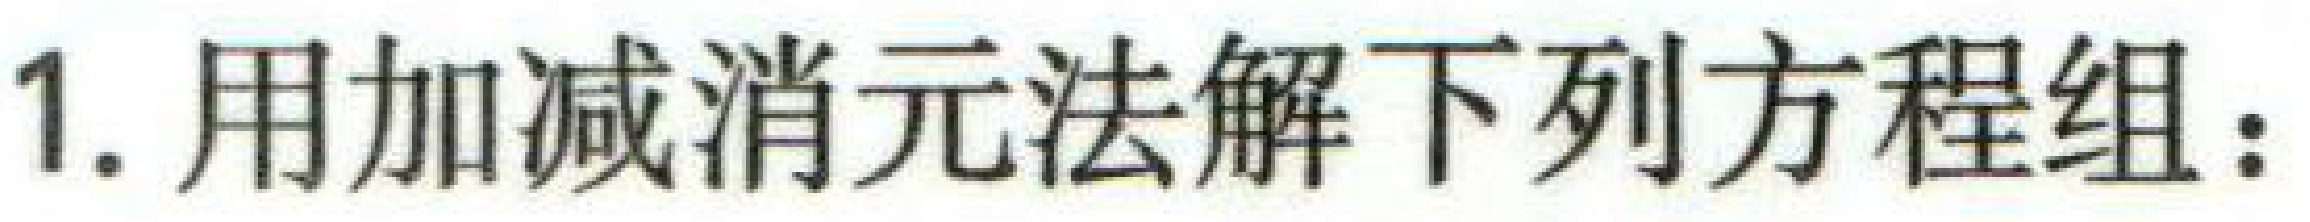
1. 用加减消元法解下列方程组：